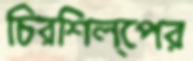
চিরশিল্পের